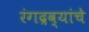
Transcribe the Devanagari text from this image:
रंगद्रव्यांचे